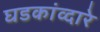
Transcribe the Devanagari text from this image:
घडकांव्दारे